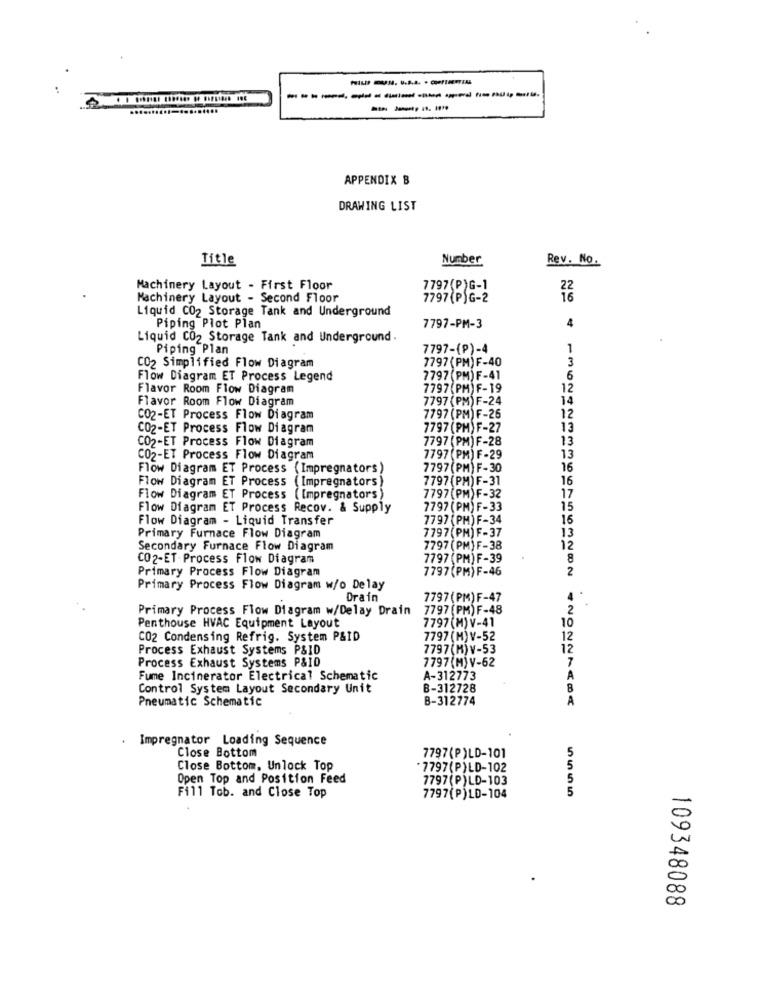
--------------
----
APPENDIX B
DRAWING LIST
Title
Number
Rev. No.
Machinery Layout - First Floor
7797 (P)G-1
22
Machinery Layout - Second Floor
7797 (P)G-2
16
Liquid CO2 Storage Tank and Underground
4
Piping Plot Plan
7797-PM-3
Liquid CO2 Storage Tank and Underground.
Piping Plan
7797-(P)-4
1
7797 (PM) F-40
3
CO2 Simplified Flow Diagram
Flow Diagram ET Process Legend
7797 (PM) F-41
6
Flavor Room Flow Diagram
7797 (PM) F-19
12
Flavor Room Flow Diagram
7797 (PM) F-24
14
CO2-ET Process Flow Diagram
7797 (PM) F-26
12
CO2-ET Process Flow Diagram
7797 (PM) F-27
13
CO2-ET Process Flow Diagram
7797 (PM) F-28
13
CO2-ET Process Flow Diagram
7797 (PM) F-29
13
Flow Diagram ET Process (Impregnators)
7797 (PM) F-30
16
Flow Diagram ET Process (Impregnators)
7797 (PM) F-31
16
Flow Diagram ET Process ( Impregnators)
7797(PM)F-32
17
Flow Diagram ET Process Recov. & Supply
7797 ( PM) F-33
15
Flow Diagram - Liquid Transfer
7797 (PM) F-34
16
7797(PM) F-37
13
Primary Furnace Flow Diagram
Secondary Furnace Flow Diagram
7797 (PM) F-38
12
CO2-ET-Process Flow Diagram
7797 (PM) F-39
8
Primary Process Flow Diagram
7797 (PM) F-46
2
Primary Process Flow Diagram w/o Delay
Drain
7797(PM) F-47
4
Primary Process Flow Diagram w/Delay Drain
7797 (PM) F-48
2
7797 (M) V-41
10
Penthouse HVAC Equipment Layout
CO2 Condensing Refrig. System P&ID
7797 (M) V-52
12
Process Exhaust Systems P&ID
7797(M) V-53
12
Process Exhaust Systems P&ID
7797(M) V-62
7
Fume Incinerator Electrical Schematic
A-312773
A
Control System Layout Secondary Unit
B-312728
Pneumatic Schematic
B-312774
. Impregnator Loading Sequence
Close Bottom
7797(P)LD-101
Close Bottom, Unlock Top
*7797(P) LD-102
Open Top and Position Feed
7797(P)LD-103
Fill Tob. and Close Top
7797(P)LD-104
5555
109348088